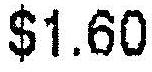
$1.60